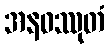
အနဝဿုတံ